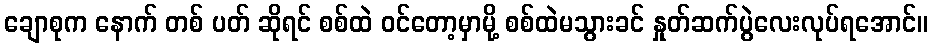
ချောစုက နောက် တစ် ပတ် ဆိုရင် စစ်ထဲ ဝင်တော့မှာမို့ စစ်ထဲမသွားခင် နှုတ်ဆက်ပွဲလေးလုပ်ရအောင်။